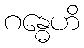
ဂန္ဓေဟိ